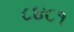
૮૪૮૧